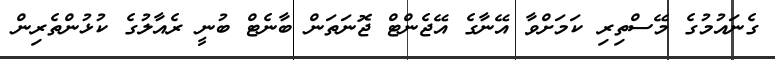
ގެނައުމުގެ މޭސްތިރި ކަމަށްވާ އޭނާގެ އޭޖެންޓް ޖޮނަތަން ބާނެޓް ބުނީ ރެއާލުގެ ކުޅުންތެރިން